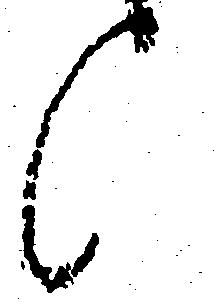
候